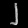
Digit: ၂